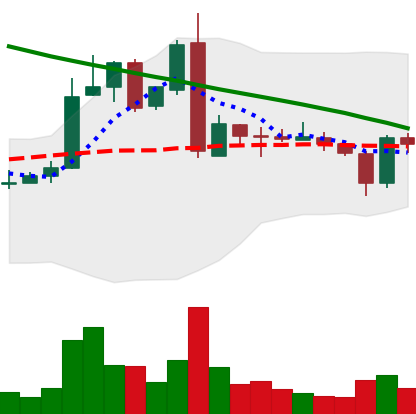
Ticker: ADA-USD
Chart end date: 2019-03-06
Forward return: 11.18%
Label: up_7plus